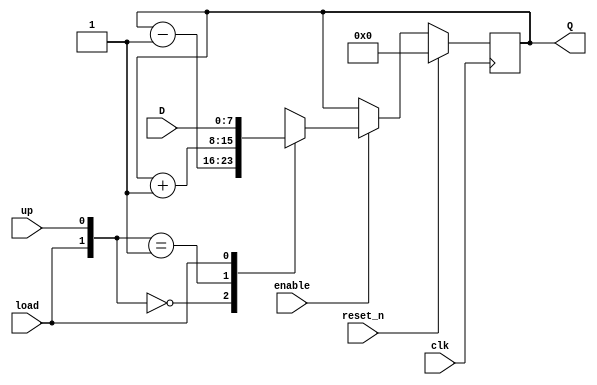
`timescale 1ns / 1ps
//////////////////////////////////////////////////////////////////////////////////
// Company: 
// Engineer: 
// 
// Design Name: 
// Module Name: udl_counter_2
// Project Name: 
// Target Devices: 
// Tool Versions: 
// Description: 
// 
// Dependencies: 
// 
// Revision:
// Revision 0.01 - File Created
// Additional Comments:
// 
//////////////////////////////////////////////////////////////////////////////////


module udl_counter_2
 #(parameter BITS = 8)(
    input clk,
    input reset_n,
    input enable,
    input up, //when asserted the counter is up counter; otherwise, it is a down counter
    input load,
    input [BITS - 1:0] D,
    output [BITS - 1:0] Q
    );
    
    reg [BITS - 1:0] Q_reg, Q_next;
    
    initial 
    begin
    Q_reg <=3'b000;
    end
    
    always @(posedge clk)
    begin
        
        if(enable)
            Q_reg <= Q_next;
        else
            Q_reg <= Q_reg;
        if (reset_n)
            Q_reg <= 3'b000;
    end
    
    // Next state logic
    always @(Q_reg, up, load, D)
    begin
        Q_next = Q_reg;
        casex({load,up})
            2'b00: Q_next = Q_reg - 1;
            2'b01: Q_next = Q_reg + 1;
            2'b1x: Q_next = D;
            default: Q_next = Q_reg;
        endcase
        
    end
    
    // Output logic
    assign Q = Q_reg;
endmodule